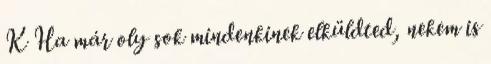
K Ha már oly sok mindenkinek elküldted, nekem is